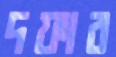
দফার